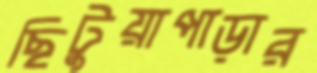
ছিটুয়াপাড়ার